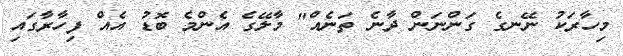
މިހާރަކު ނޭނގެ ގަންނަން ދާނެ ތަނެއް" މާލޭގެ އެންމެ ބޮޑު އެއް ފިހާރާގައި